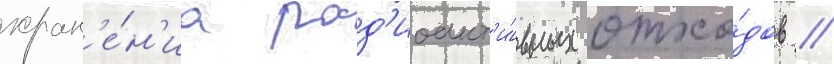
хран'е́н'иа рад'иоакт'и́вных отхо́дов //